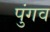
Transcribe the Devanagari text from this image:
पुंगव